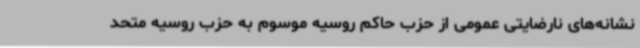
نشانه‌های نارضایتی عمومی از حزب حاکم روسیه موسوم به حزب روسیه متحد